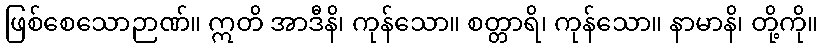
ဖြစ်စေသောဉာဏ်။ ဣတိ အာဒီနိ၊ ကုန်သော။ စတ္တာရိ၊ ကုန်သော။ နာမာနိ၊ တို့ကို။